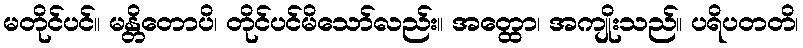
မတိုင်ပင်။ မန္တိတောပိ၊ တိုင်ပင်မိသော်လည်း။ အတ္ထော၊ အကျိုးသည်။ ပရိပတတိ၊